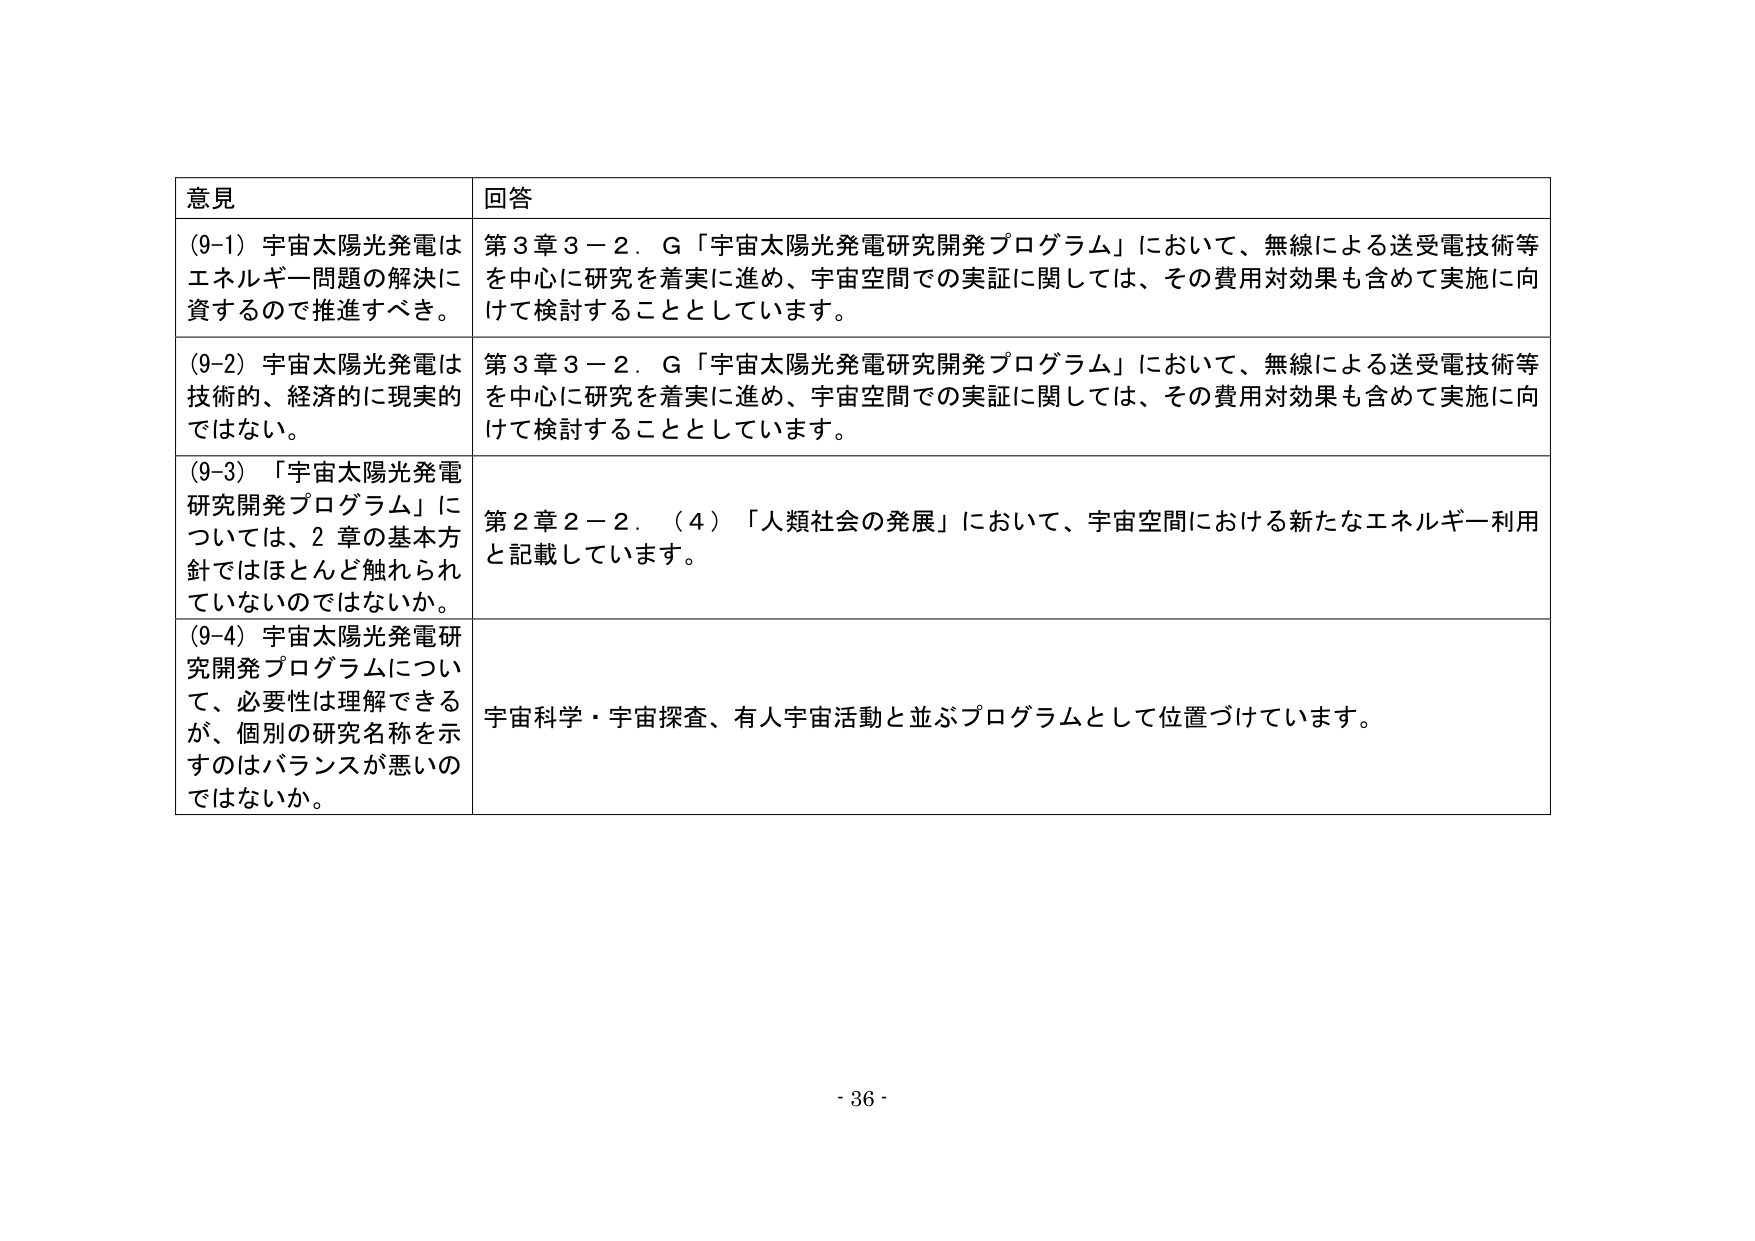
意見 回答
(9-1) 宇宙太陽光発電はエネルギー問題の解決に資するので推進すべき。
第3章3－2．G「宇宙太陽光発電研究開発プログラム」において、無線による送受電技術等を中心に研究を着実に進め、宇宙空間での実証に関しては、その費用対効果も含めて実施に向けて検討することとしています。
(9-2) 宇宙太陽光発電は技術的、経済的に現実的ではない。
第3章3－2．G「宇宙太陽光発電研究開発プログラム」において、無線による送受電技術等を中心に研究を着実に進め、宇宙空間での実証に関しては、その費用対効果も含めて実施に向けて検討することとしています。
(9-3) 「宇宙太陽光発電研究開発プログラム」については、2章の基本方針ではほとんど触れられていないのではないか。
第2章2－2．（4）「人類社会の発展」において、宇宙空間における新たなエネルギー利用と記載しています。
(9-4) 宇宙太陽光発電研究開発プログラムについて、必要性は理解できるが、個別の研究名称を示すのはバランスが悪いのではないか。
宇宙科学・宇宙探査、有人宇宙活動と並ぶプログラムとして位置づけています。
- 36 -